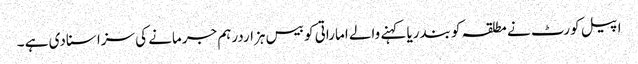
اپیل کورٹ نے مطلقہ کو بندریا کہنے والے اماراتی کو بیس ہزاردرہم جرمانے کی سزا سنادی ہے ۔